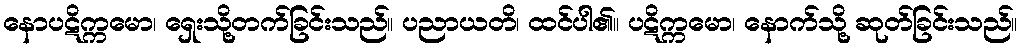
နောပဋိက္ကမော၊ ရှေးသို့တက်ခြင်းသည်။ ပညာယတိ၊ ထင်ပါ၏။ ပဋိက္ကမော၊ နောက်သို့ ဆုတ်ခြင်းသည်။